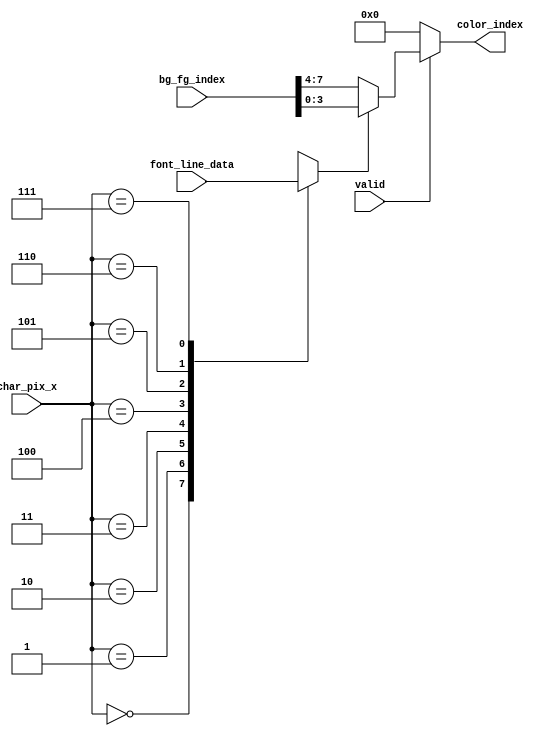
// This program was cloned from: https://github.com/michaelliao/learn-verilog
// License: GNU General Public License v3.0


module pixel_index_color (
    input valid,
    input [7:0] font_line_data,
    input [2:0] char_pix_x,
    input [7:0] bg_fg_index,
    output [3:0] color_index
);
    reg pix;

    always @ (*) begin
        case (char_pix_x)
            3'd0: pix = font_line_data[7];
            3'd1: pix = font_line_data[6];
            3'd2: pix = font_line_data[5];
            3'd3: pix = font_line_data[4];
            3'd4: pix = font_line_data[3];
            3'd5: pix = font_line_data[2];
            3'd6: pix = font_line_data[1];
            3'd7: pix = font_line_data[0];
        endcase
    end

    // if pix is 1, return fg color index, otherwise bg color:
    assign color_index = valid ? (pix == 1'b1 ? bg_fg_index[3:0] : bg_fg_index[7:4]) : 4'd0;

endmodule